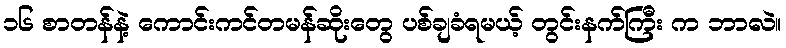
၁၆ စာတန်နဲ့ ကောင်းကင်တမန်ဆိုးတွေ ပစ်ချခံရမယ့် တွင်းနက်ကြီး က ဘာလဲ။